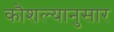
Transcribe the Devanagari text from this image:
कौशल्यानुसार